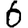
Digit: 6